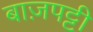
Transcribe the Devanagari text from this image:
बाज़पट्टी